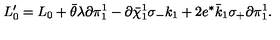
L _ { 0 } ^ { \prime } = L _ { 0 } + \bar { \theta } \lambda \partial \pi _ { 1 } ^ { 1 } - \partial \bar { \chi } _ { 1 } ^ { 1 } \sigma _ { - } k _ { 1 } + 2 e ^ { * } \bar { k } _ { 1 } \sigma _ { + } \partial \pi _ { 1 } ^ { 1 } .